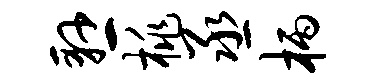
悬桃丞柄